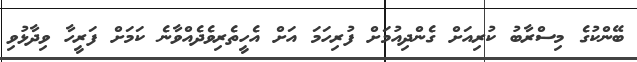
ބޭންކުގެ މިސްރާބު ކުރިއަށް ގެންދިއުމަށް ފުރިހަމަ އަށް އެހީތެރިވެދެއްވާނެ ކަަމަށް ފަރީހާ ވިދާޅުވި